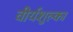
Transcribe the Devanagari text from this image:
वीर्यशुल्का